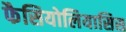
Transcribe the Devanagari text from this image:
फैसियोलियासिस